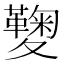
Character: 𡖁